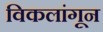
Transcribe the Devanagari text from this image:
विकलांगून